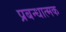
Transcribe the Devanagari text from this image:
प्रबन्धात्मक